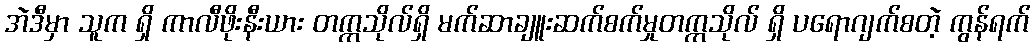
အဲဒီမှာ သူက ရှိ ကာလီဖိုးနီးယား တက္ကသိုလ်ရှိ မက်ဆာချူးဆက်စက်မှုတက္ကသိုလ် ရှိ ပရောဂျက်စတဲ့ ကွန်ရက်